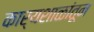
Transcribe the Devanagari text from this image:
कार्यशाळांतून